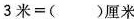
$$3 米 = ( ) 厘 米$$